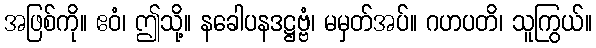
အဖြစ်ကို။ ဧဝံ၊ ဤသို့။ နခေါပနဒဋ္ဌဗ္ဗံ၊ မမှတ်အပ်။ ဂဟပတိ၊ သူကြွယ်။